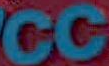
CC